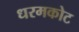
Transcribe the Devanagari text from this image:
धरमकोट